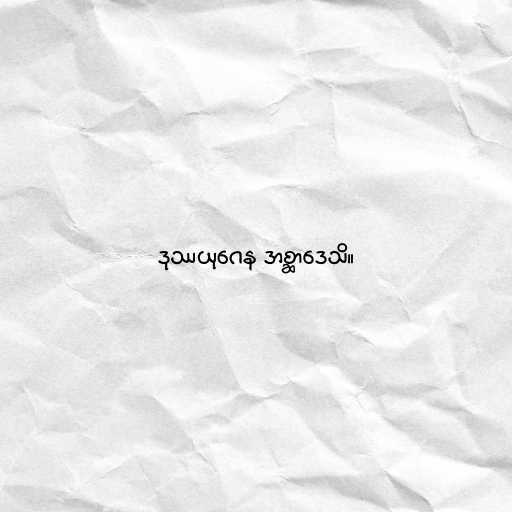
ဒုဿယုဂေန အစ္ဆာဒေသိ။